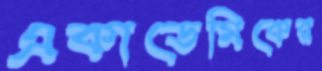
একাডেমিকের